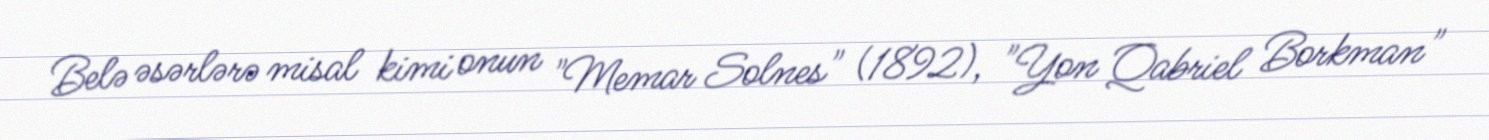
Belə əsərlərə misal kimi onun "Memar Solnes" (1892), "Yon Qabriel Borkman"